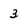
Character: 3